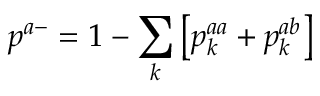
p ^ { a - } = 1 - \sum _ { k } \left[ p _ { k } ^ { a a } + p _ { k } ^ { a b } \right]